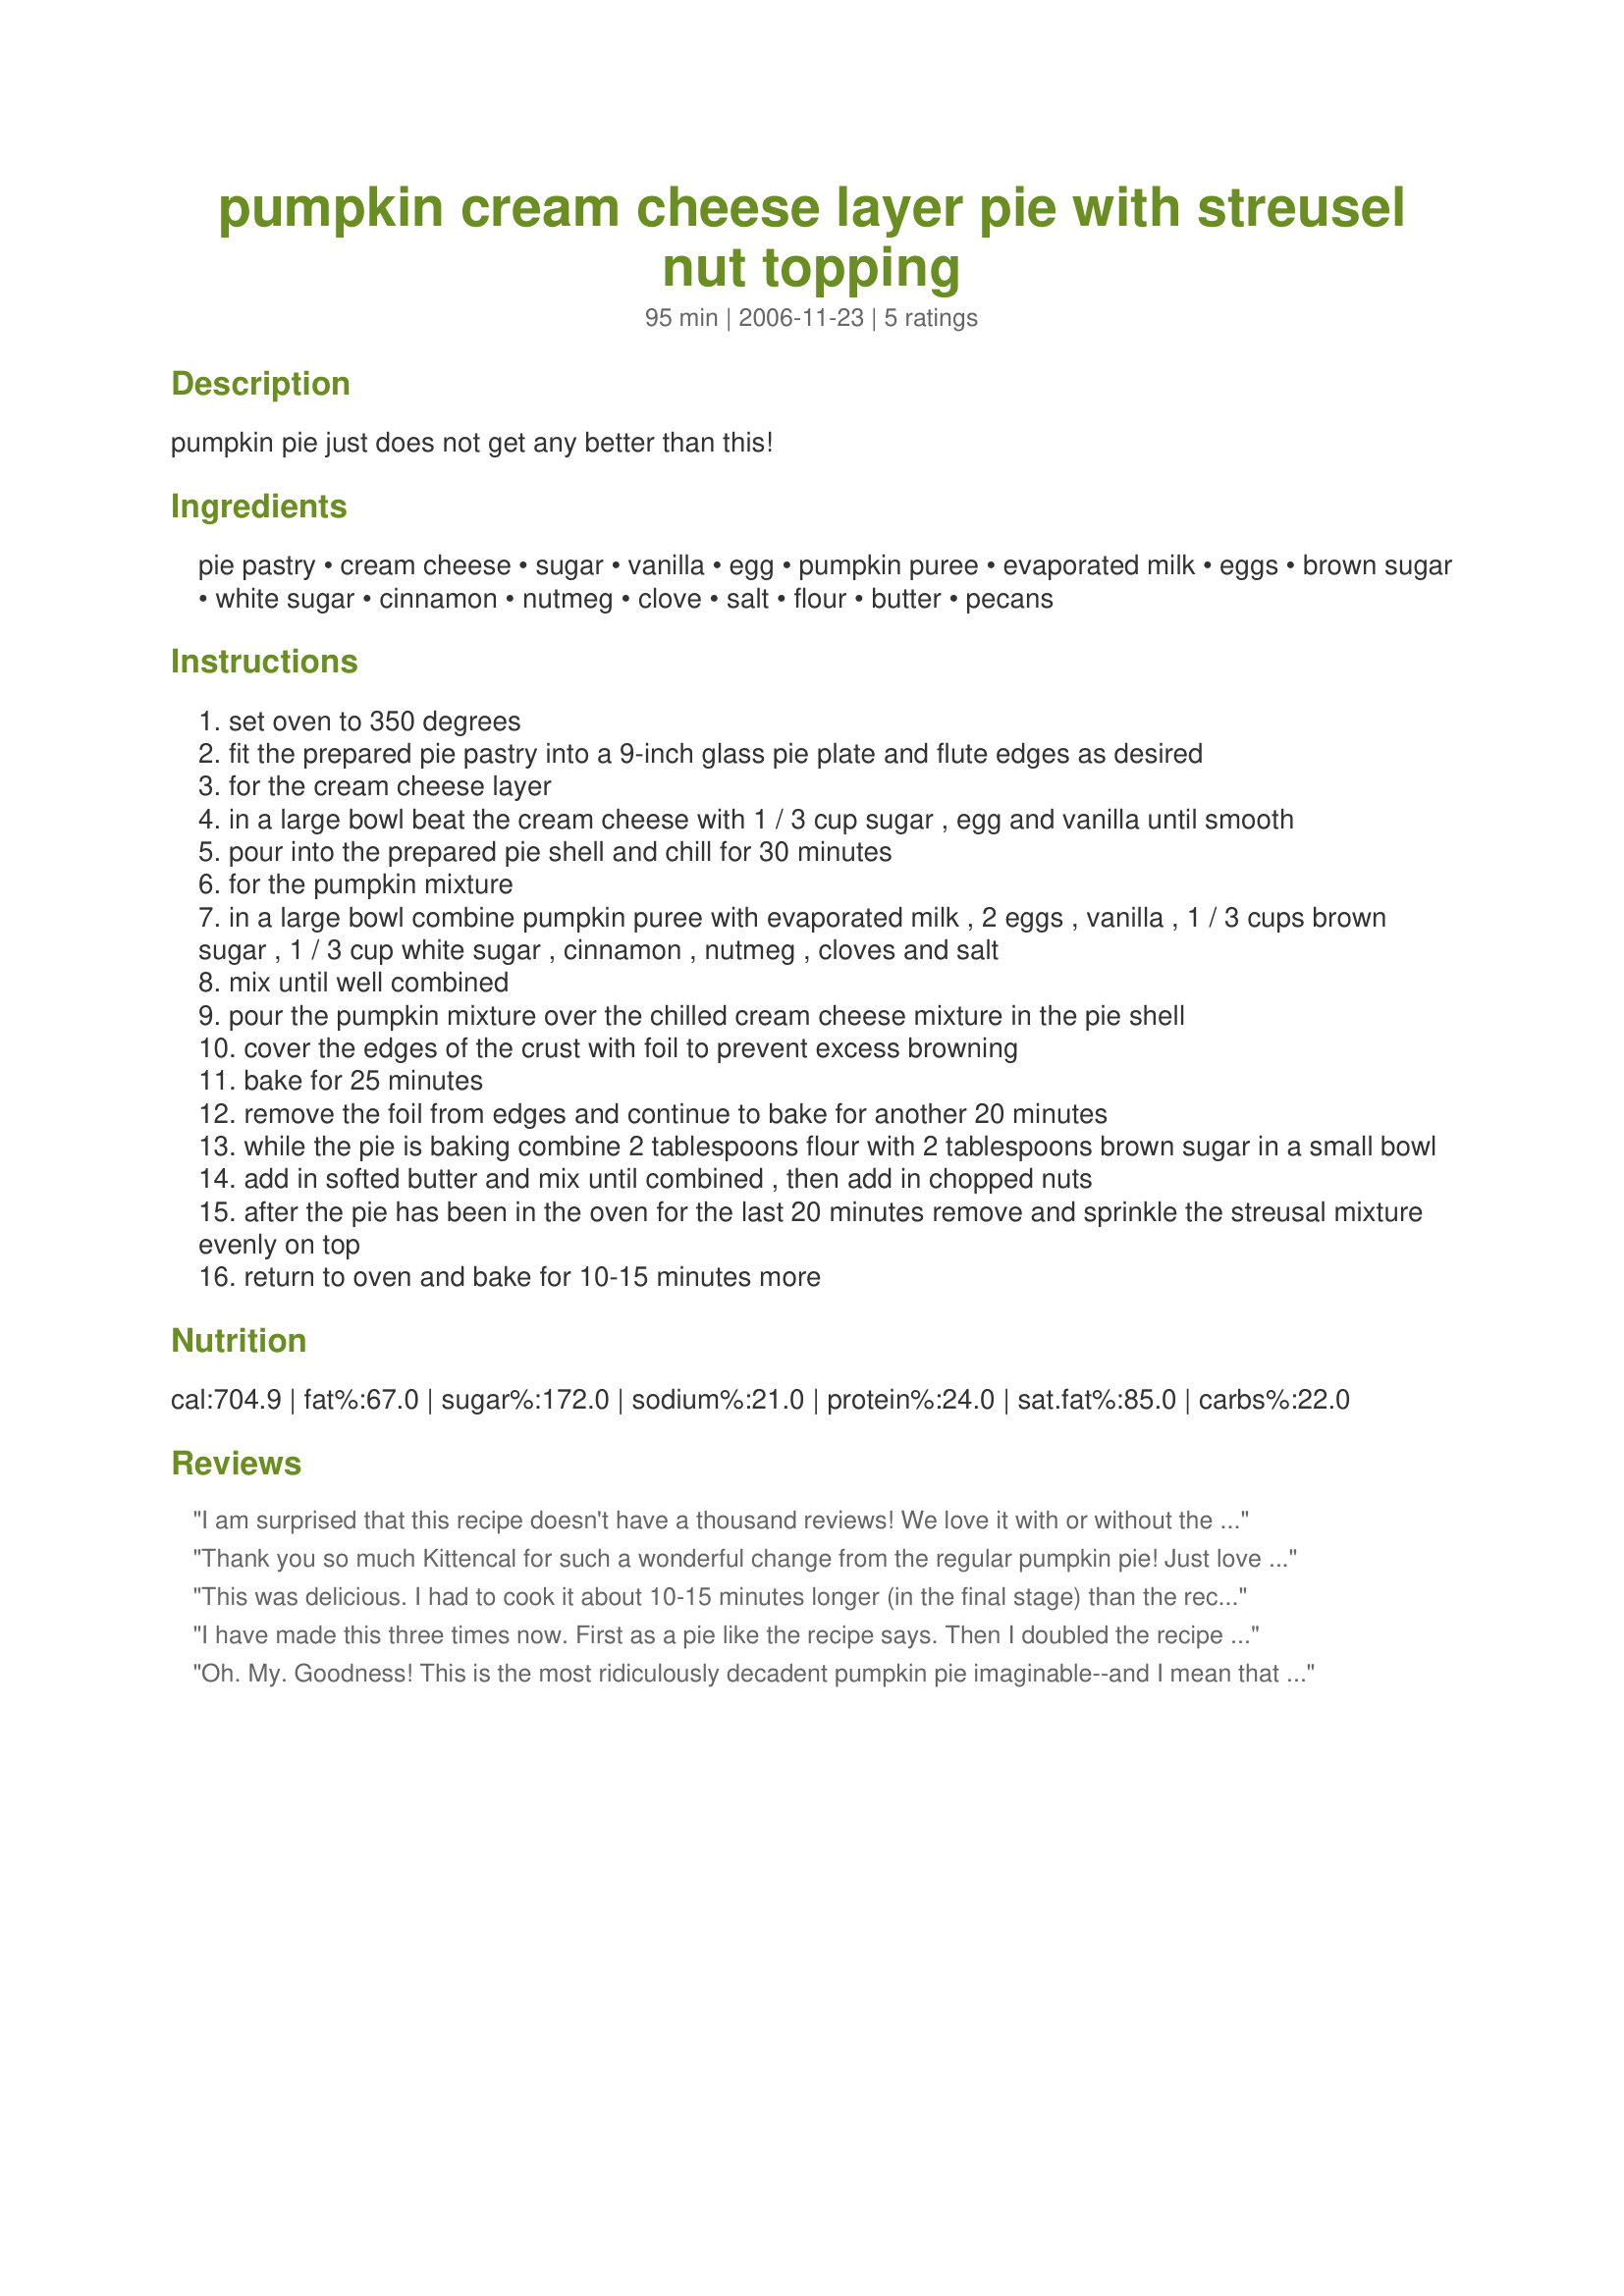
pumpkin cream cheese layer pie with streusel nut topping
Preparation time: 95 minutes

pumpkin pie just does not get any better than this!

Ingredients:
pie pastry, cream cheese, sugar, vanilla, egg, pumpkin puree, evaporated milk, eggs, brown sugar, white sugar, cinnamon, nutmeg, clove, salt, flour, butter, pecans

Steps:
set oven to 350 degrees
fit the prepared pie pastry into a 9-inch glass pie plate and flute edges as desired
for the cream cheese layer
in a large bowl beat the cream cheese with 1 / 3 cup sugar , egg and vanilla until smooth
pour into the prepared pie shell and chill for 30 minutes
for the pumpkin mixture
in a large bowl combine pumpkin puree with evaporated milk , 2 eggs , vanilla , 1 / 3 cups brown sugar , 1 / 3 cup white sugar , cinnamon , nutmeg , cloves and salt
mix until well combined
pour the pumpkin mixture over the chilled cream cheese mixture in the pie shell
cover the edges of the crust with foil to prevent excess browning
bake for 25 minutes
remove the foil from edges and continue to bake for another 20 minutes
while the pie is baking combine 2 tablespoons flour with 2 tablespoons brown sugar in a small bowl
add in softed butter and mix until combined , then add in chopped nuts
after the pie has been in the oven for the last 20 minutes remove and sprinkle the streusal mixture evenly on top
return to oven and bake for 10-15 minutes more

Reviews:
I am surprised that this recipe doesn't have a thousand reviews! We love it with or without the pecan topping, it is the only pumpkin pie I will ever make again. Thanks!
Thank you so much Kittencal for such a wonderful change from the regular pumpkin pie! Just love that cream cheese layer (but then, what is not to like about cream cheese and pecans???) I made it from the pumpkin I put down this fall. This will be made over the holidays. Lovely presentation and I just added some fresh cinnamon whipped cream as a garnish. After we finished eating...I wanted to eat it again!!!!! Thanks for sharing Kittencal!
This was delicious. I had to cook it about 10-15 minutes longer (in the final stage) than the recipe indicated, but that might have been due to my leaving the cream cheese layer in the fridge longer than the recipe stated.
Thanks,
Jan
I have made this three times now. First as a pie like the recipe says. Then I doubled the recipe and used puff pastry for the crust in a 9x13 pan. Last time I used puff pastry cut into squares, pushed into a muffin pan and spooned in the layers. Each time it was YUMMY. I might try filo pastry next time so there can be more filling and less of the crusty part next time. Each way you do this, it comes out good.
Oh. My. Goodness! This is the most ridiculously decadent pumpkin pie imaginable--and I mean that in the best of ways. I cannot get over how fabulous this is. A pumpkin and spice lover, I was worried the other elements would overwhelm my favorite autumn flavors, but my anxieties were without foundation. This is perfection! As I was making the streusel, I realized I was short on pecans, so I took a risk and mixed in some pistachios. Sounds crazy, but pistachios pecans pumpkin = amazing! And the cream cheese puts it over the top. Seriously the best...Thank you SO much for posting. This will be made time and again and I cannot recommend it more emphatically.
